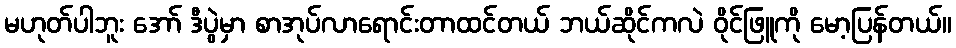
မဟုတ်ပါဘူး အော် ဒီပွဲမှာ စာအုပ်လာရောင်းတာထင်တယ် ဘယ်ဆိုင်ကလဲ ဝိုင်ဖြူကို မော့ပြန်တယ်။